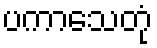
ပကာသေတုံ